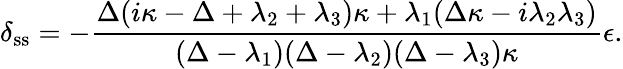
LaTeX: \delta_{\textrm{ss}}=-\frac{\Delta(i\kappa-\Delta+\lambda_{2}+\lambda_{3})\kappa+\lambda_{1}(\Delta\kappa-i\lambda_{2}\lambda_{3})}{(\Delta-\lambda_{1})(\Delta-\lambda_{2})(\Delta-\lambda_{3})\kappa}\epsilon.